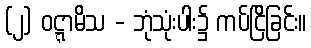
(၂) ဝဋ္ဋာမိသ - ဘုံသုံးပါး၌ ကပ်ငြိခြင်း။